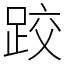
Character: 跤